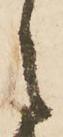
之